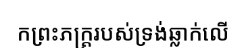
កព្រះភក្ត្ររបស់ទ្រង់ឆ្លាក់លើ